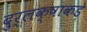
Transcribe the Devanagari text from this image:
दुर्लक्षाकडे